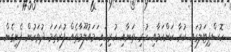
ހޮސްޕިޓަލުގައި ކުރާ ކަންކަމާއި ހުރި ތަނާއި ހުރިހައި ަމައުލޫމާތެއް ފުރަތަމަ ދުވަހުން ފެށިގެން